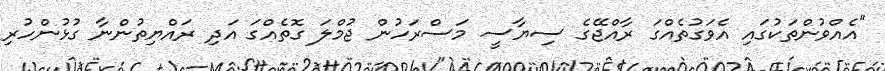
"އެއްވުންތަކުގައި އެވަގުތެއްގަ ރާއްޖޭގެ ސިޔާސީ މަސްރަހުން ޖުމްލަ ގޮތެއްގަ އަދި ރައްޔިތުންނާ ގުޅުންހުރި